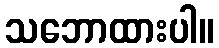
သဘောထားပါ။